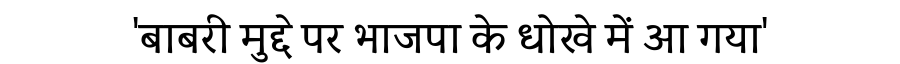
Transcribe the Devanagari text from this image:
'बाबरी मुद्दे पर भाजपा के धोखे में आ गया'